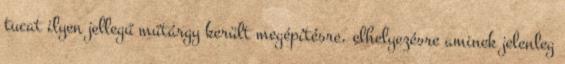
tucat ilyen jellegű műtárgy került megépítésre, elhelyezésre aminek jelenleg